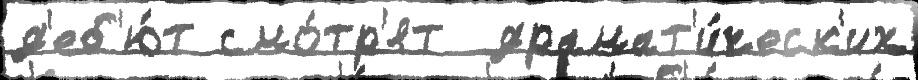
д'еб'ю́т смо́тр'ят  драмат'и́ческ'их